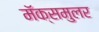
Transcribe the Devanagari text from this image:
मॅक्समुलर